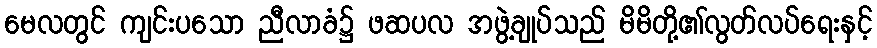
မေလတွင် ကျင်းပသော ညီလာခံ၌ ဖဆပလ အဖွဲ့ချုပ်သည် မိမိတို့၏လွတ်လပ်ရေးနှင့်